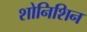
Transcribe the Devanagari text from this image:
शोनिशिन